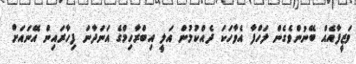
ވަޒީފާއެއް ބޭނުންވެގެން ލަހްފާ އެވާހަކަ ދެއްކުމުން އަލީ އިބްރާހިމްގެ އަނަދާނަ ފިހާރައިން އޭނައަށް